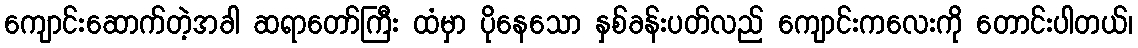
ကျောင်းဆောက်တဲ့အခါ ဆရာတော်ကြီး ထံမှာ ပိုနေသော နှစ်ခန်းပတ်လည် ကျောင်းကလေးကို တောင်းပါတယ်၊